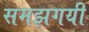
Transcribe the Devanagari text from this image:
समझगयी